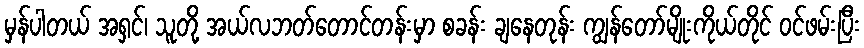
မှန်ပါတယ် အရှင်၊ သူတို့ အယ်လဘတ်တောင်တန်းမှာ စခန်း ချနေတုန်း ကျွန်တော်မျိုးကိုယ်တိုင် ဝင်ဖမ်းပြီး